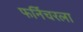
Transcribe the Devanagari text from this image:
फर्निचरला